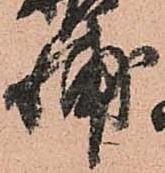
輔